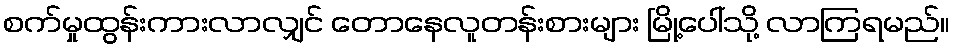
စက်မှုထွန်းကားလာလျှင် တောနေလူတန်းစားများ မြို့ပေါ်သို့ လာကြရမည်။